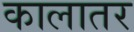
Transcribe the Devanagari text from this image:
कालातर